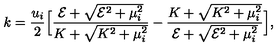
k = { \frac { u _ { i } } { 2 } } \Big [ { \frac { { \cal E } + \sqrt { { \cal E } ^ { 2 } + \mu _ { i } ^ { 2 } } } { K + \sqrt { K ^ { 2 } + \mu _ { i } ^ { 2 } } } } - { \frac { K + \sqrt { K ^ { 2 } + \mu _ { i } ^ { 2 } } } { { \cal E } + \sqrt { { \cal E } ^ { 2 } + \mu _ { i } ^ { 2 } } } } \Big ] ,